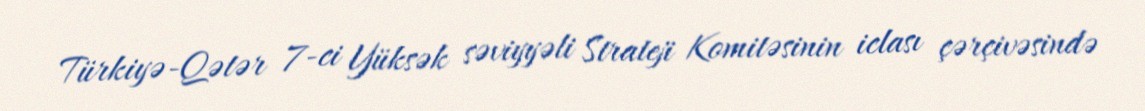
Türkiyə-Qətər 7-ci Yüksək səviyyəli Strateji Komitəsinin iclası çərçivəsində